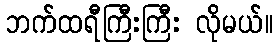
ဘက်ထရီကြီးကြီး လိုမယ်။